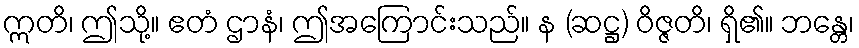
ဣတိ၊ ဤသို့။ ဧတံ ဌာနံ၊ ဤအကြောင်းသည်။ န (ဆဋ္ဌ) ဝိဇ္ဇတိ၊ ရှိ၏။ ဘန္တေ၊